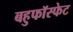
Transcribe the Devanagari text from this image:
बहुफॉस्फेट